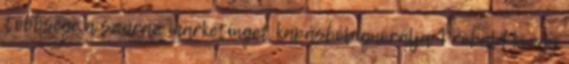
többsége a száraz marketinget kapásból ignorálja. Próbáld ki egy